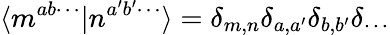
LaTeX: \langle m^{ab\cdots}|n^{a^{\prime}b^{\prime}\cdots}\rangle=\delta_{m,n}\delta_{a,a^{\prime}}\delta_{b,b^{\prime}}\delta_{\cdots}